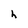
Character: h